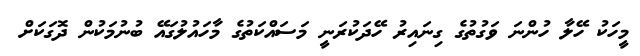
މީހަކު ހޭލާ ހުންނަ ވަގުތުގެ ގިނައިރު ހޭދަކުރަނީ މަސައްކަތުގެ މާހައުލުގައޭ ބުނުމަކުން ދޮގަކަށް